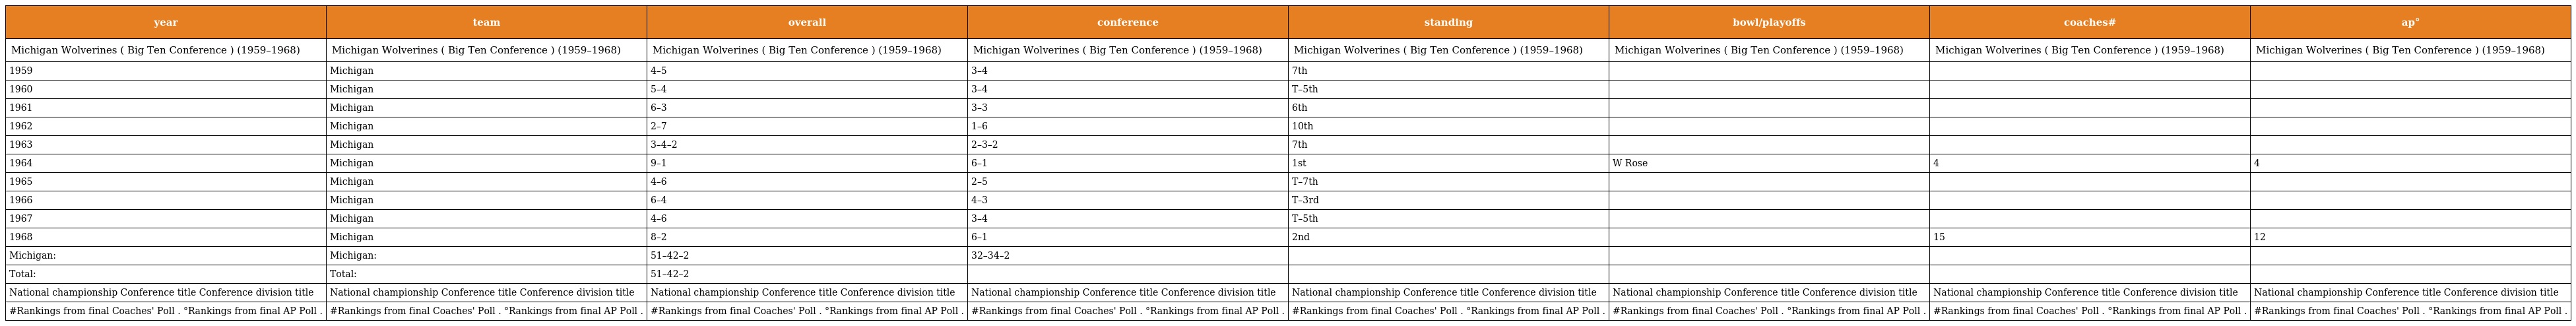
| year | team | overall | conference | standing | bowl/playoffs | coaches# | ap° |
 | --- | --- | --- | --- | --- | --- | --- | --- |
 | Michigan Wolverines ( Big Ten Conference ) (1959–1968) | Michigan Wolverines ( Big Ten Conference ) (1959–1968) | Michigan Wolverines ( Big Ten Conference ) (1959–1968) | Michigan Wolverines ( Big Ten Conference ) (1959–1968) | Michigan Wolverines ( Big Ten Conference ) (1959–1968) | Michigan Wolverines ( Big Ten Conference ) (1959–1968) | Michigan Wolverines ( Big Ten Conference ) (1959–1968) | Michigan Wolverines ( Big Ten Conference ) (1959–1968) |
 | 1959 | Michigan | 4–5 | 3–4 | 7th |  |  |  |
 | 1960 | Michigan | 5–4 | 3–4 | T–5th |  |  |  |
 | 1961 | Michigan | 6–3 | 3–3 | 6th |  |  |  |
 | 1962 | Michigan | 2–7 | 1–6 | 10th |  |  |  |
 | 1963 | Michigan | 3–4–2 | 2–3–2 | 7th |  |  |  |
 | 1964 | Michigan | 9–1 | 6–1 | 1st | W Rose | 4 | 4 |
 | 1965 | Michigan | 4–6 | 2–5 | T–7th |  |  |  |
 | 1966 | Michigan | 6–4 | 4–3 | T–3rd |  |  |  |
 | 1967 | Michigan | 4–6 | 3–4 | T–5th |  |  |  |
 | 1968 | Michigan | 8–2 | 6–1 | 2nd |  | 15 | 12 |
 | Michigan: | Michigan: | 51–42–2 | 32–34–2 |  |  |  |  |
 | Total: | Total: | 51–42–2 |  |  |  |  |  |
 | National championship Conference title Conference division title | National championship Conference title Conference division title | National championship Conference title Conference division title | National championship Conference title Conference division title | National championship Conference title Conference division title | National championship Conference title Conference division title | National championship Conference title Conference division title | National championship Conference title Conference division title |
 | #Rankings from final Coaches' Poll . °Rankings from final AP Poll . | #Rankings from final Coaches' Poll . °Rankings from final AP Poll . | #Rankings from final Coaches' Poll . °Rankings from final AP Poll . | #Rankings from final Coaches' Poll . °Rankings from final AP Poll . | #Rankings from final Coaches' Poll . °Rankings from final AP Poll . | #Rankings from final Coaches' Poll . °Rankings from final AP Poll . | #Rankings from final Coaches' Poll . °Rankings from final AP Poll . | #Rankings from final Coaches' Poll . °Rankings from final AP Poll . |